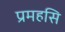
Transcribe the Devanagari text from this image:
प्रमहसि